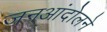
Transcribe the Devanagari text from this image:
जनआंदोलने